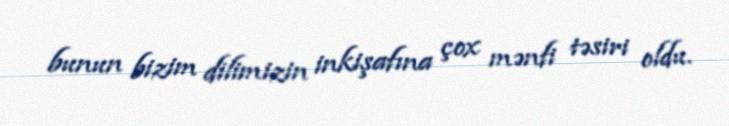
bunun bizim dilimizin inkişafına çox mənfi təsiri oldu.